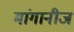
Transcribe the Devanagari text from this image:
मांगानीज